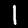
Label: 1